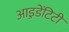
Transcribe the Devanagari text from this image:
आइ़डेंटिटी